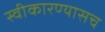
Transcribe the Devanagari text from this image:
स्वीकारण्यासच